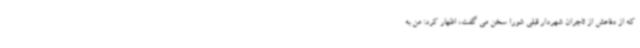
که از دفاعش از تاجران شهردار قبلی شورا سخن می گفت، اظهار کرد: من به